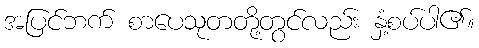
အပြင်ဘက် စာပေသုတတို့တွင်လည်း နှံ့စပ်ပါ၏။